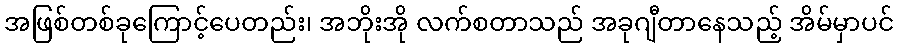
အဖြစ်တစ်ခုကြောင့်ပေတည်း၊ အဘိုးအို လက်စတာသည် အခုဂျီတာနေသည့် အိမ်မှာပင်